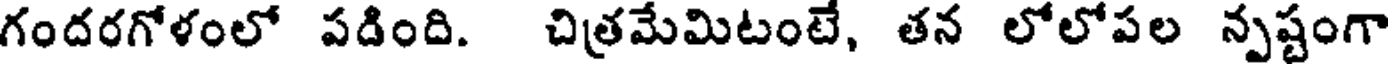
గందరగోళంలో పడింది. చిత్రమేమిటంటే, తన లోలోపల న్పష్టంగా